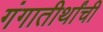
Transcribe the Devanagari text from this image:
गंगातीर्थांची